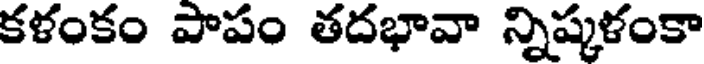
కళంకం పాపం తదభావా న్నిష్కళంకా